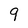
Character: 9